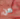
من